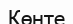
Көнте